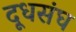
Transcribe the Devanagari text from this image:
दूधसंघ